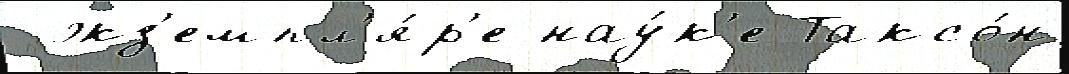
 экз'емпл'я́р'е нау́к'е Таксо́н